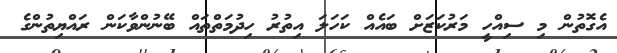
އެގޮތުން މި ސިއްހީ މަރުކަޒަށް ބައެއް ކަހަލަ އިތުރު ހިދުމަތްތައް ބޭނުންވާކަން ރައްޔިތުންގެ